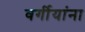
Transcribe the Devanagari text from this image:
वर्गीयांना